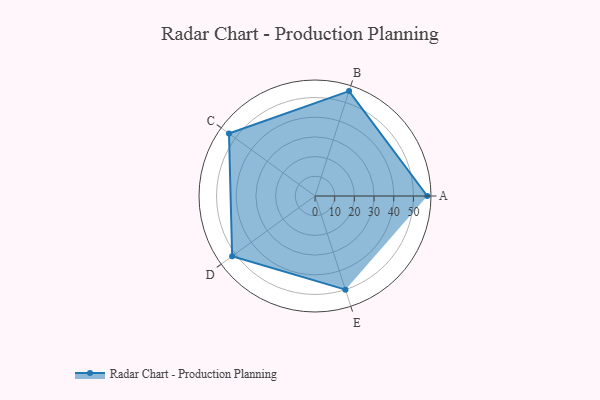
{"axis": {"x": "Skill", "y": "Score"}, "legend": ["Profile"], "data": [{"x": "A", "y": 57.0, "type": "Profile"}, {"x": "B", "y": 56.0, "type": "Profile"}, {"x": "C", "y": 54.0, "type": "Profile"}, {"x": "D", "y": 52.0, "type": "Profile"}, {"x": "E", "y": 50.0, "type": "Profile"}]}